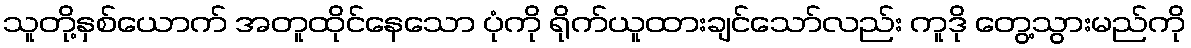
သူတို့နှစ်ယောက် အတူထိုင်နေသော ပုံကို ရိုက်ယူထားချင်သော်လည်း ကူဒို တွေ့သွားမည်ကို